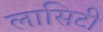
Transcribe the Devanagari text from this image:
लासिटी